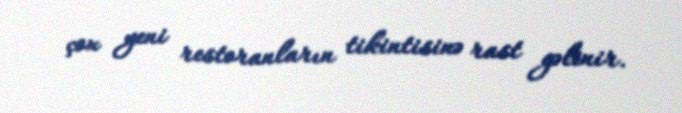
çox yeni restoranların tikintisinə rast gəlinir.